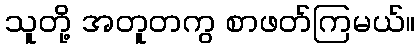
သူတို့ အတူတကွ စာဖတ်ကြမယ်။